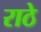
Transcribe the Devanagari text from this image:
राठे